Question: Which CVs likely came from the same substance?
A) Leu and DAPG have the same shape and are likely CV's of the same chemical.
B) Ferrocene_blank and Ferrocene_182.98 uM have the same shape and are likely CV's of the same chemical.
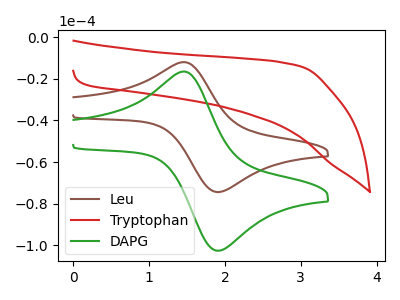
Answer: <think>The brown curve "Leu" has an anodic peak at (1.45V, -11.90uA) and a cathodic peak at (1.95V, -74.40uA). The red curve "Tryptophan" has no peaks. The green curve "DAPG" has an anodic peak at (1.45V, -16.45uA) and a cathodic peak at (1.95V, -102.60uA).
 "Leu" and "Tryptophan" have a different number of peaks. All the peaks in "Leu" have a peak in "DAPG" at the same potential. "Tryptophan" and "DAPG" have a different number of peaks.</think>
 <answer>A) "Leu" and "DAPG" have the same shape and are likely CV's of the same chemical.</answer>
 <eval>A</eval>